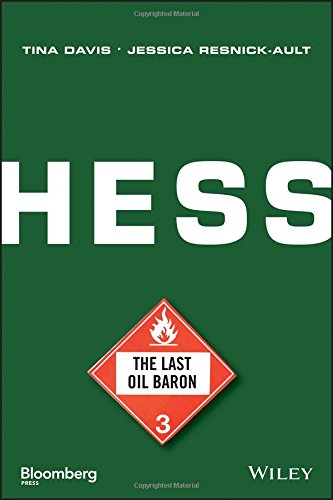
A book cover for Hess: The Last Oil Baron (Bloomberg); Tina Davis; Business & Money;